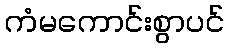
ကံမကောင်းစွာပင်